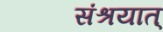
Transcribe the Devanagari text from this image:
संश्रयात्